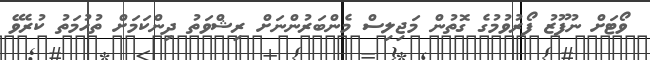
ވޯޓަށް ނުފޫޒު ފޯރުވުމުގެ ގޮތުން މަޖިލިސް މެންބަރުންނަށް ރިޝްވަތު ދިންކަމަށް ތުހުމަތު ކުރެވޭ